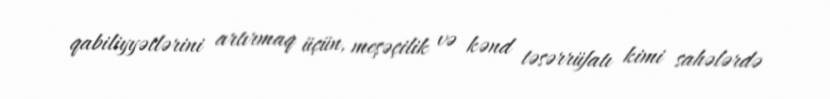
qabiliyyətlərini artırmaq üçün, meşəçilik və kənd təsərrüfatı kimi sahələrdə